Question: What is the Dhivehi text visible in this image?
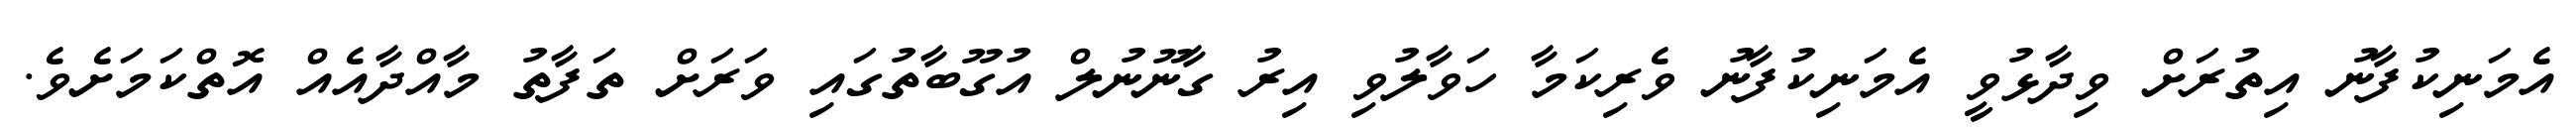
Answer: އެމަނިކުފާނު އިތުރަށް ވިދާޅުވީ އެމަނިކުފާނު ވެރިކަމާ ހަވާލުވި އިރު ގާނޫނުލް އުގޫބާތުގައި ވަރަށް ތަފާތު މާއްދާއެއް އޮތްކަމަށެވެ.